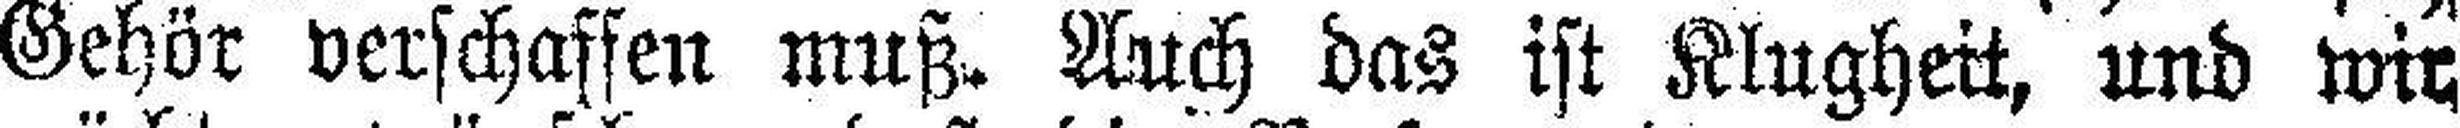
Gehör verschaffen muß. Auch das ist Klugheit, und wir